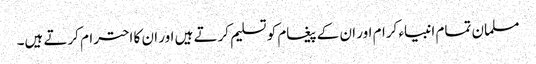
مسلمان تمام انبیاء کرام اور ان کے پیغام کو تسلیم کرتے ہیں اور ان کا احترام کرتے ہیں۔